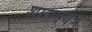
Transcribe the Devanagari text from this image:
शासनयंत्र